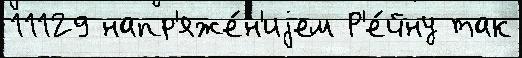
11129 напр'яже́н'иjем Р'е́йну так